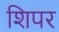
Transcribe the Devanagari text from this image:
शिपर